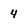
Character: 4